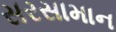
સરસામાન